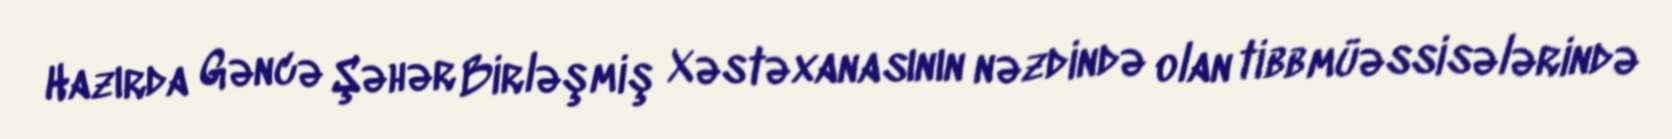
Hazırda Gəncə Şəhər Birləşmiş Xəstəxanasının nəzdində olan tibb müəssisələrində